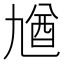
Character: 𠄁